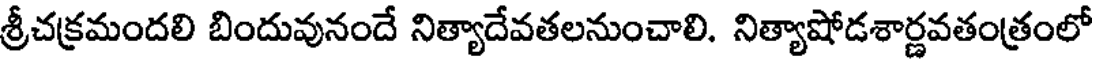
శ్రీచక్రమందలి బిందువునందే నిత్యాదేవతలనుంచాలి. నిత్యాషోడశార్ణవతంత్రంలో